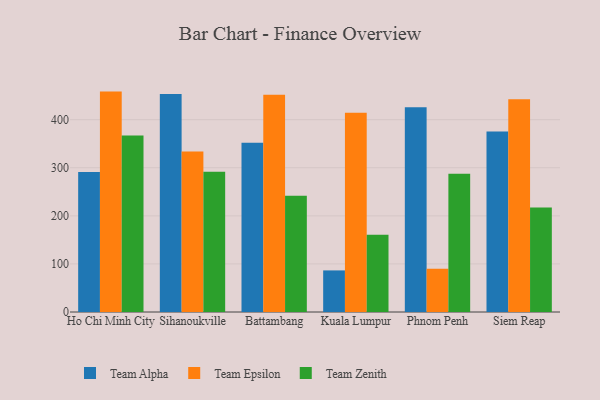
{"axis": {"x": "City", "y": "Waste Production (Tons)"}, "legend": ["Team Alpha", "Team Epsilon", "Team Zenith"], "data": [{"x": "Ho Chi Minh City", "y": 291.4, "type": "Team Alpha"}, {"x": "Ho Chi Minh City", "y": 458.4, "type": "Team Epsilon"}, {"x": "Ho Chi Minh City", "y": 367.2, "type": "Team Zenith"}, {"x": "Sihanoukville", "y": 453.6, "type": "Team Alpha"}, {"x": "Sihanoukville", "y": 333.9, "type": "Team Epsilon"}, {"x": "Sihanoukville", "y": 291.8, "type": "Team Zenith"}, {"x": "Battambang", "y": 351.8, "type": "Team Alpha"}, {"x": "Battambang", "y": 451.9, "type": "Team Epsilon"}, {"x": "Battambang", "y": 241.8, "type": "Team Zenith"}, {"x": "Kuala Lumpur", "y": 86.5, "type": "Team Alpha"}, {"x": "Kuala Lumpur", "y": 414.5, "type": "Team Epsilon"}, {"x": "Kuala Lumpur", "y": 160.6, "type": "Team Zenith"}, {"x": "Phnom Penh", "y": 425.8, "type": "Team Alpha"}, {"x": "Phnom Penh", "y": 89.7, "type": "Team Epsilon"}, {"x": "Phnom Penh", "y": 287.4, "type": "Team Zenith"}, {"x": "Siem Reap", "y": 375.4, "type": "Team Alpha"}, {"x": "Siem Reap", "y": 442.4, "type": "Team Epsilon"}, {"x": "Siem Reap", "y": 217.3, "type": "Team Zenith"}]}